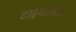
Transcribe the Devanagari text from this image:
टाइबेरिअस